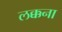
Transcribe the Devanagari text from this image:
लक्कना